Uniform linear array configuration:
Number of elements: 8
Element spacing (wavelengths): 0.25
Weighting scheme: cosine
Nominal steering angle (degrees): -60
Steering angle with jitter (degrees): -61.857
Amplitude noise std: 0.05
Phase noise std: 0.05

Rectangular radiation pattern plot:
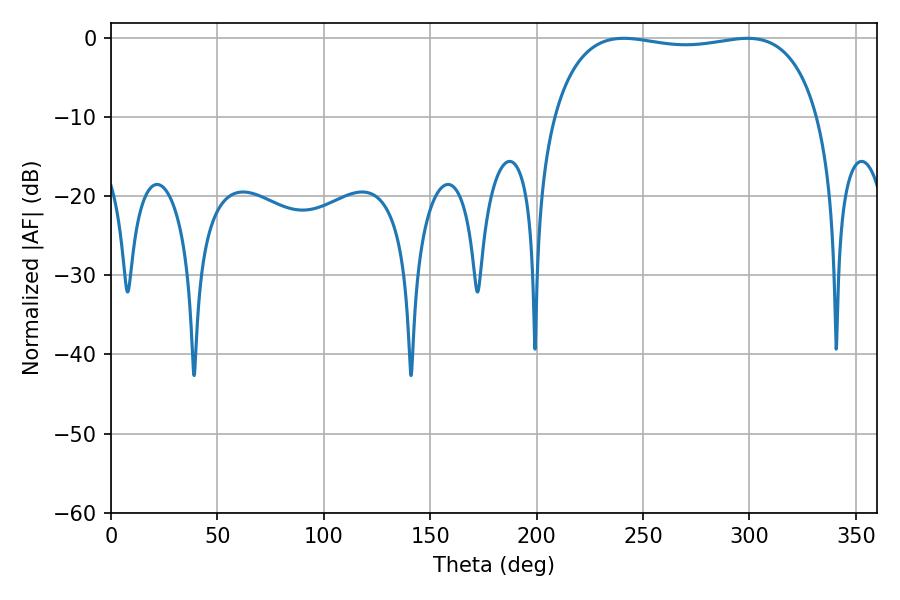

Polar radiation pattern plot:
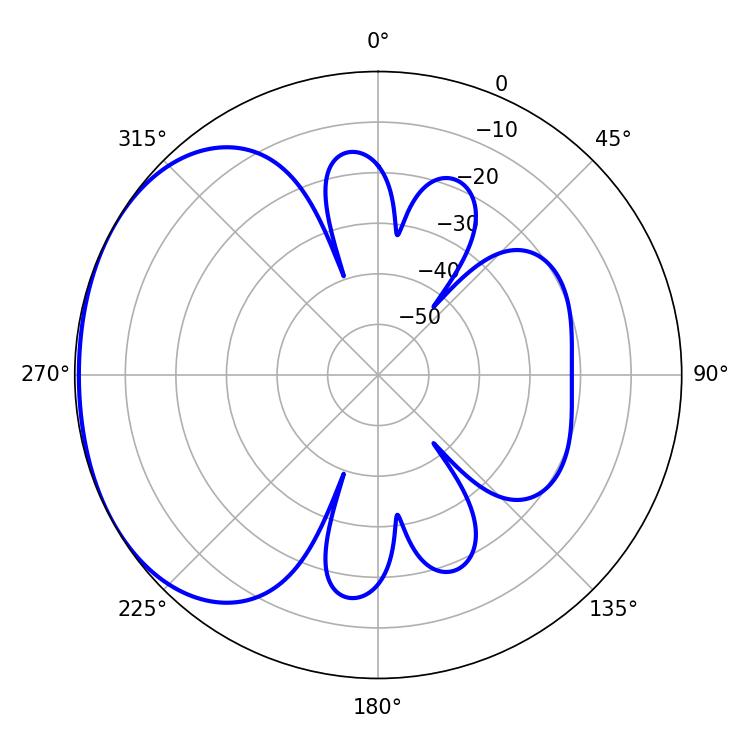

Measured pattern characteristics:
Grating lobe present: FALSE
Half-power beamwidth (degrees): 100.44
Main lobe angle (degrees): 298.98